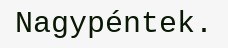
Nagypéntek.